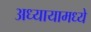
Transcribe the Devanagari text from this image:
अध्यायामध्ये